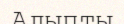
Алыпты